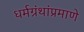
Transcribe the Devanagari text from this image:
धर्मग्रंथांप्रमाणे